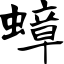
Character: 蟑